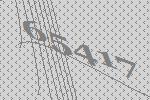
65417